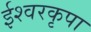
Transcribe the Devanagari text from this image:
ईश्वरकृपा